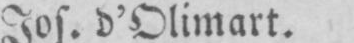
Jos. d’Olimart.